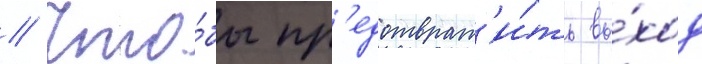
// Что́бы пр'едотврат'и́ть вы́ход